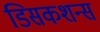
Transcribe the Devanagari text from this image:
डिसकशन्स